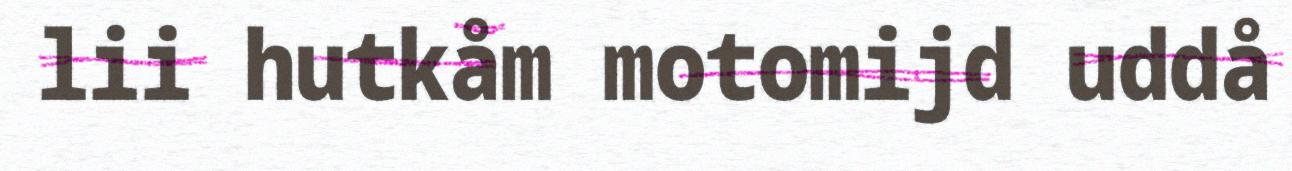
lii hutkåm motomijd uddå